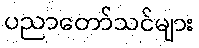
ပညာတော်သင်များ